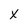
Character: X